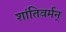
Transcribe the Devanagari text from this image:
शांतिवर्मन्